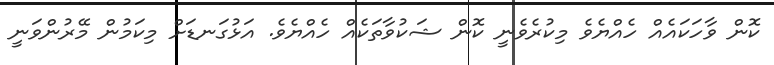
ކޮން ވާހަކައެއް ހެއްޔެވެ މިކުރެވެނީ ކޮން ޝަކުވާތަކެއް ހެއްޔެވެ. އަޅުގަނޑަށް މިކަމުން މޭރުންވަނީ